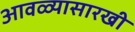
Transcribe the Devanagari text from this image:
आवळ्यासारखी